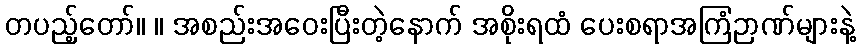
တပည့်တော်။ ။ အစည်းအဝေးပြီးတဲ့နောက် အစိုးရထံ ပေးစရာအကြံဉာဏ်များနဲ့